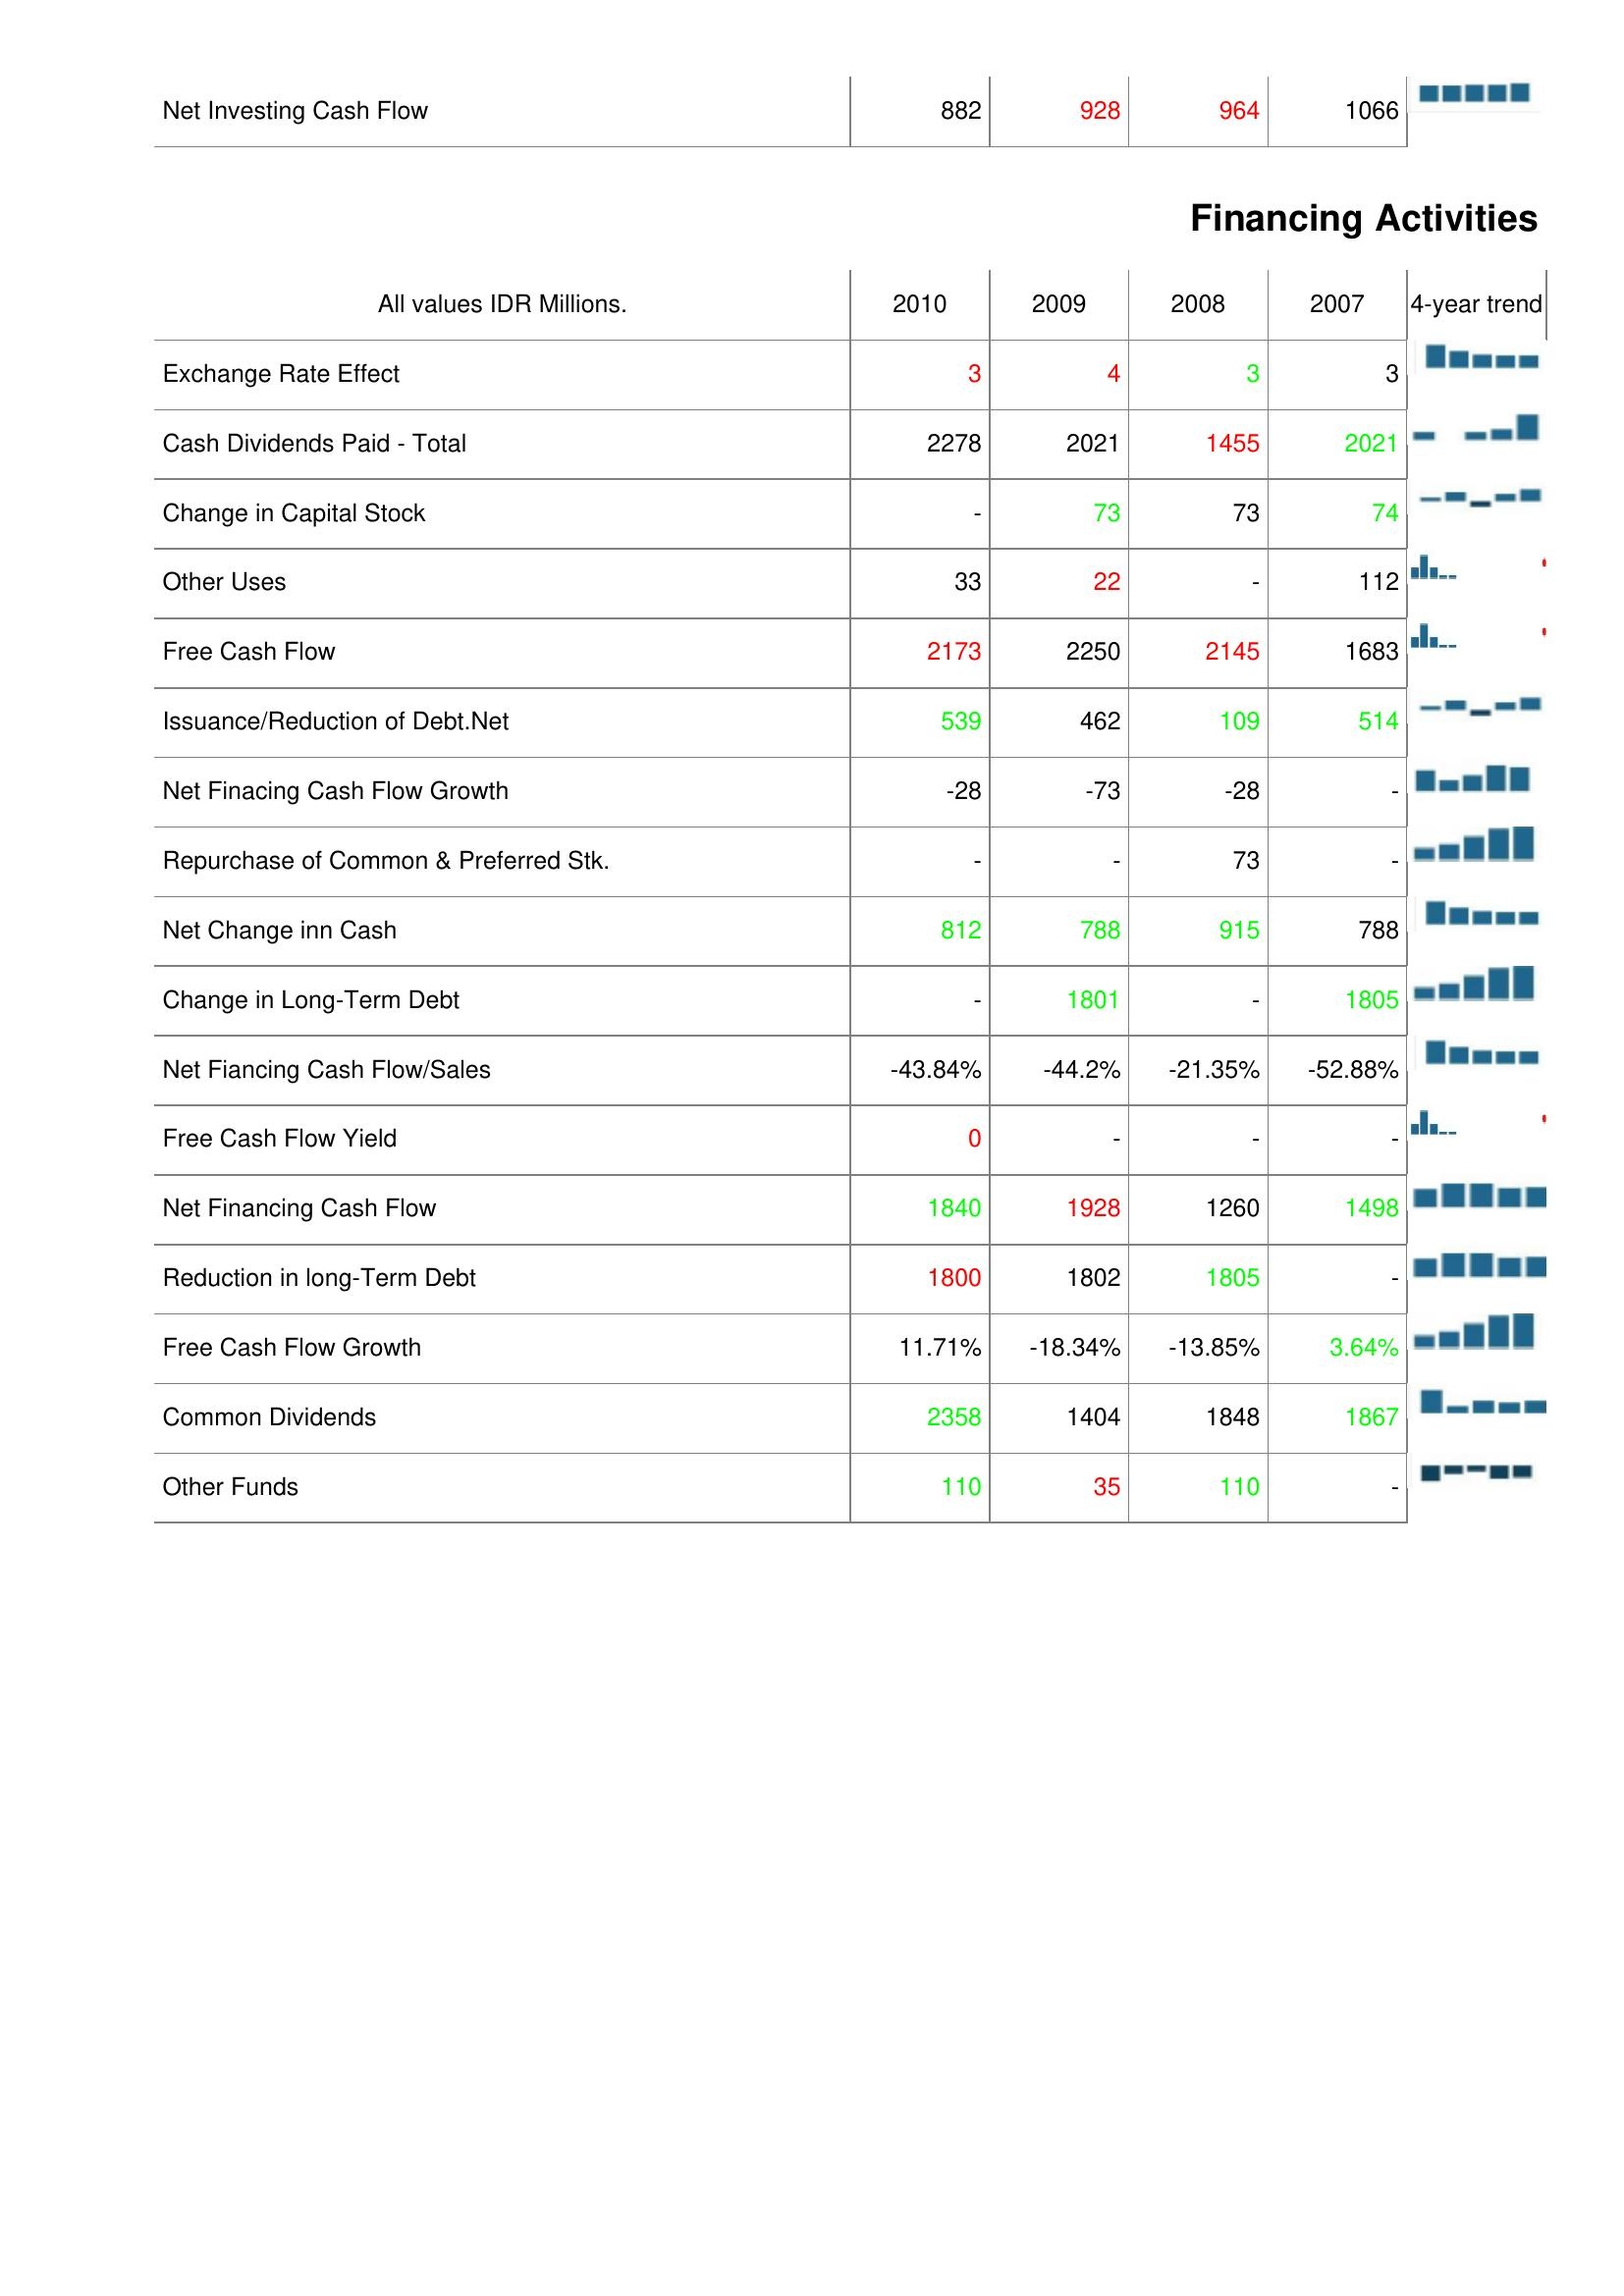
2010: Investing Activities: Net Investing Cash Flow: 882
Financing Activities: Exchange Rate Effect: 3
Cash Dividends Paid - Total: 2278
Change in Capital Stock: -
Other Uses: 33
Free Cash Flow: 2173
Issuance/Reduction of Debt.Net: 539
Net Finacing Cash Flow Growth: -28
Repurchase of Common & Preferred Stk.: -
Net Change inn Cash: 812
Change in Long-Term Debt: -
Net Fiancing Cash Flow/Sales: -43.84%
Free Cash Flow Yield: 0
Net Financing Cash Flow: 1840
Reduction in long-Term Debt: 1800
Free Cash Flow Growth: 11.71%
Common Dividends: 2358
Other Funds: 110
2009: Investing Activities: Net Investing Cash Flow: 928
Financing Activities: Exchange Rate Effect: 4
Cash Dividends Paid - Total: 2021
Change in Capital Stock: 73
Other Uses: 22
Free Cash Flow: 2250
Issuance/Reduction of Debt.Net: 462
Net Finacing Cash Flow Growth: -73
Repurchase of Common & Preferred Stk.: -
Net Change inn Cash: 788
Change in Long-Term Debt: 1801
Net Fiancing Cash Flow/Sales: -44.2%
Free Cash Flow Yield: -
Net Financing Cash Flow: 1928
Reduction in long-Term Debt: 1802
Free Cash Flow Growth: -18.34%
Common Dividends: 1404
Other Funds: 35
2008: Investing Activities: Net Investing Cash Flow: 964
Financing Activities: Exchange Rate Effect: 3
Cash Dividends Paid - Total: 1455
Change in Capital Stock: 73
Other Uses: -
Free Cash Flow: 2145
Issuance/Reduction of Debt.Net: 109
Net Finacing Cash Flow Growth: -28
Repurchase of Common & Preferred Stk.: 73
Net Change inn Cash: 915
Change in Long-Term Debt: -
Net Fiancing Cash Flow/Sales: -21.35%
Free Cash Flow Yield: -
Net Financing Cash Flow: 1260
Reduction in long-Term Debt: 1805
Free Cash Flow Growth: -13.85%
Common Dividends: 1848
Other Funds: 110
2007: Investing Activities: Net Investing Cash Flow: 1066
Financing Activities: Exchange Rate Effect: 3
Cash Dividends Paid - Total: 2021
Change in Capital Stock: 74
Other Uses: 112
Free Cash Flow: 1683
Issuance/Reduction of Debt.Net: 514
Net Finacing Cash Flow Growth: -
Repurchase of Common & Preferred Stk.: -
Net Change inn Cash: 788
Change in Long-Term Debt: 1805
Net Fiancing Cash Flow/Sales: -52.88%
Free Cash Flow Yield: -
Net Financing Cash Flow: 1498
Reduction in long-Term Debt: -
Free Cash Flow Growth: 3.64%
Common Dividends: 1867
Other Funds: -